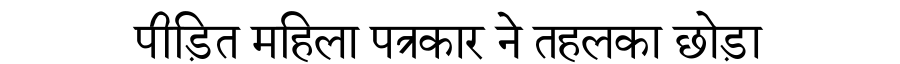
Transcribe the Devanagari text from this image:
पीड़ित महिला पत्रकार ने तहलका छोड़ा